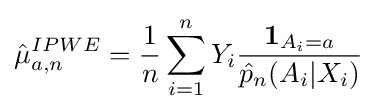
{\hat {\mu }}_{a,n}^{IPWE}={\frac {1}{n}}\sum _{i=1}^{n}Y_{i}{\frac {\mathbf {1} _{A_{i}=a}}{{\hat {p}}_{n}(A_{i}|X_{i})}}